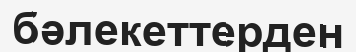
бәлекеттерден